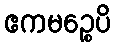
ဧကမဉ္စေပိ